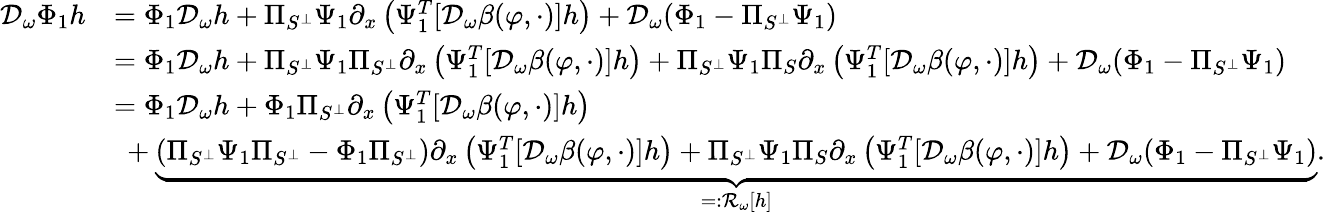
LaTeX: \begin{array}{rl}{\mathcal{D}_{\omega}\Phi_{1}h}&{=\Phi_{1}\mathcal{D}_{\omega}h+\Pi_{S^{\perp}}\Psi_{1}\partial_{x}\left(\Psi_{1}^{T}[\mathcal{D}_{\omega}\beta(\varphi,\cdot)]h\right)+\mathcal{D}_{\omega}(\Phi_{1}-\Pi_{S^{\perp}}\Psi_{1})}\\ &{=\Phi_{1}\mathcal{D}_{\omega}h+\Pi_{S^{\perp}}\Psi_{1}\Pi_{S^{\perp}}\partial_{x}\left(\Psi_{1}^{T}[\mathcal{D}_{\omega}\beta(\varphi,\cdot)]h\right)+\Pi_{S^{\perp}}\Psi_{1}\Pi_{S}\partial_{x}\left(\Psi_{1}^{T}[\mathcal{D}_{\omega}\beta(\varphi,\cdot)]h\right)+\mathcal{D}_{\omega}(\Phi_{1}-\Pi_{S^{\perp}}\Psi_{1})}\\ &{=\Phi_{1}\mathcal{D}_{\omega}h+\Phi_{1}\Pi_{S^{\perp}}\partial_{x}\left(\Psi_{1}^{T}[\mathcal{D}_{\omega}\beta(\varphi,\cdot)]h\right)}\\ &{\ +\underbrace{\left(\Pi_{S^{\perp}}\Psi_{1}\Pi_{S^{\perp}}-\Phi_{1}\Pi_{S^{\perp}}\right)\partial_{x}\left(\Psi_{1}^{T}[\mathcal{D}_{\omega}\beta(\varphi,\cdot)]h\right)+\Pi_{S^{\perp}}\Psi_{1}\Pi_{S}\partial_{x}\left(\Psi_{1}^{T}[\mathcal{D}_{\omega}\beta(\varphi,\cdot)]h\right)+\mathcal{D}_{\omega}(\Phi_{1}-\Pi_{S^{\perp}}\Psi_{1})}_{=:\mathcal{R}_{\omega}[h]}.}\end{array}